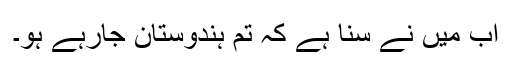
اب میں نے سُنا ہے کہ تم ہندوستان جارہے ہو۔